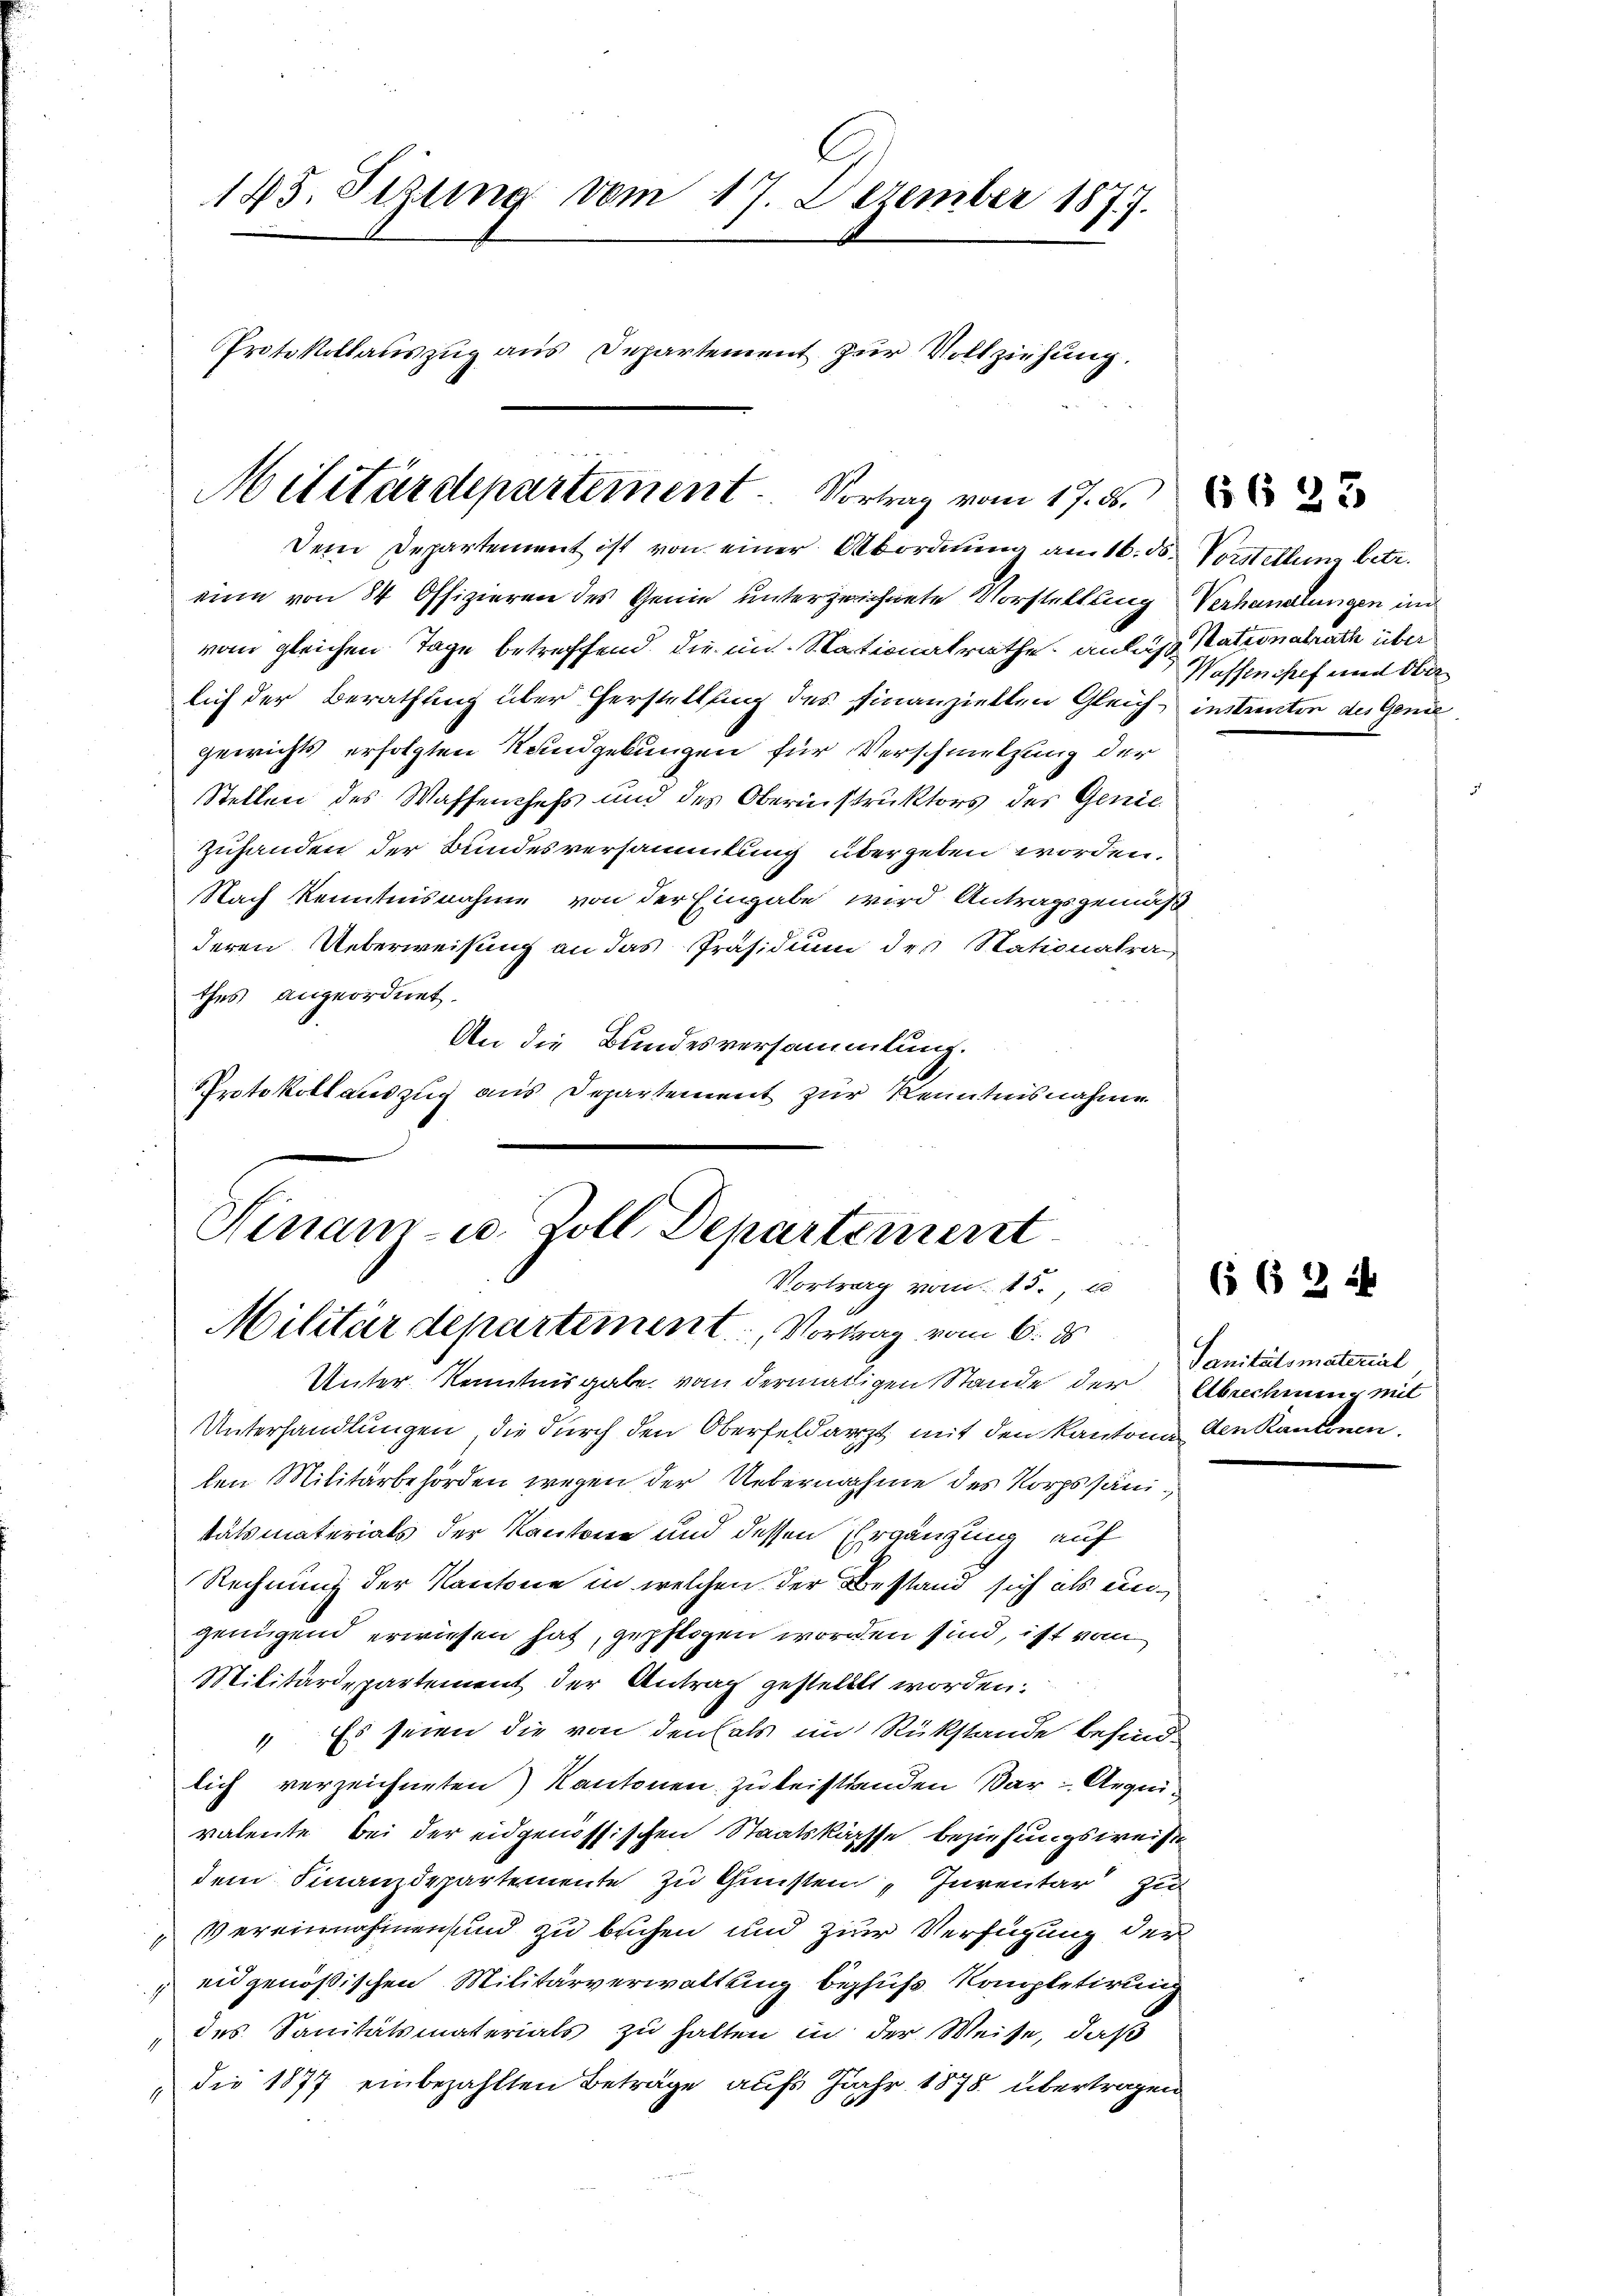
185. Sizung vom 17. Dezember 1877.
Protokollauszug aus Departement zur Vollziehung.

Militärdepartement. Vortrag vom 17. ds.
Dem Departement ist von einer Abordnung am 16. ds. Vorstellung betr.

Ninam- u. Zoll Departement
Vortrag vom 15.
Militärdepartement, Vortrag vom 6. ds.

eine von 84 Offizieren des Genie unterzeichnete Vorstellung Verhandlungen im
vom gleichen Tage betreffend, die im Stationalrathe anlass Stationalrath über
lich der Berathung über Herstellung des Finanziellen Gleich instructor des Gend
gewichts erfolgten Rundgebungen für Verschmelzung der
Stellen des Waffenchefs und des Oberinstruktors des Genie
zuhanden der Bundesversammlung übergeben worden.
Nach Kenntnisnahme von der Eingabe wird Antragsgemäß
deren Ueberweisung an das Präsidium des Stationalra
thes angeordnet.
An die Bundesversammlung.
Protokollauszug aus Departement zur Kenntnisnahme

Unter Kenntnisgabe von dermaligen Stande der Abschmer mit
Unterhandlungen, die durch den Oberfeldarzt mit den Kantone den kantonen.
len Militärbehörden wegen der Uebernahme des Korpssänitätsmaterials der Kantone und dessen Ergänzung auf
Rechnung der Kantone in welchen der Bestand sich als eingenügend erwiesen hat, gepflogen worden sind, ist vom
Militärdepartement der Antrag gestellt worden.
" Es seien die von den als im Rükstände besind
lich verzeichneten Kantonen zu leistanden Dar - Aequivalente, bei der eidgenössischen Staatskasse beziehungsweise
dem Finanzdepartemente zu Gunsten Inventar zu
Vereinnahmen und zu beichen und zur Verfügung der
eidgenößischen Militärverwaltung behufs Kompletirung
p
„des Sanitätsmaterials zu halten in der Weise, daß
die 1877 einbezahlten Beträge aufs Jahr 1878 übertragen
1

Wassenspef und Ober

6623

Sanitätsmaterial

662